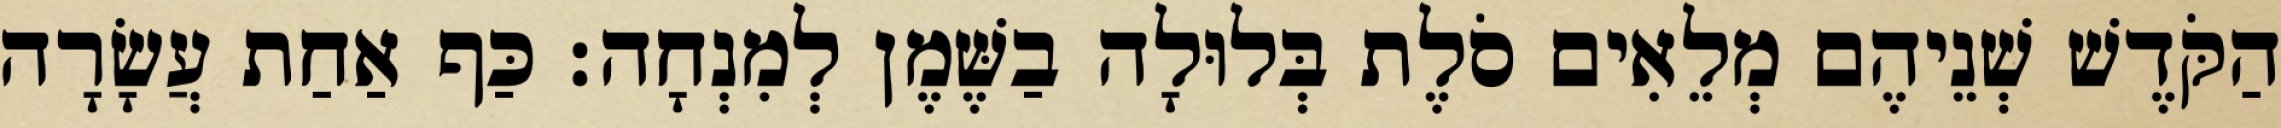
הַקֹּדֶשׁ שְׁנֵיהֶם מְלֵאִים סֹלֶת בְּלוּלָה בַשֶּׁמֶן לְמִנְחָה׃ כַּף אַחַת עֲשָׂרָה